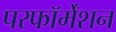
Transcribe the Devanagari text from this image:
परफॉर्मेंशन